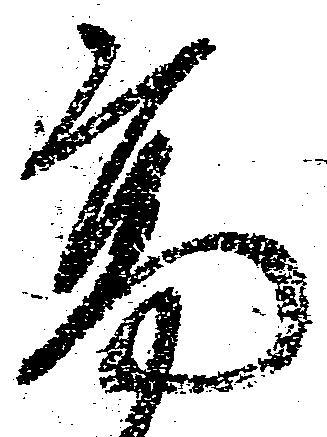
高